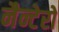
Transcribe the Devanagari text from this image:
नैन्टेरो